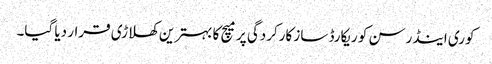
کوری اینڈرسن کو ریکارڈ ساز کارکردگی پر میچ کا بہترین کھلاڑی قرار دیا گیا۔